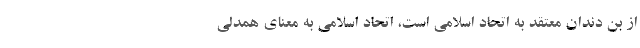
از بن دندان معتقد به اتحاد اسلامی است، اتحاد اسلامی به معنای همدلی